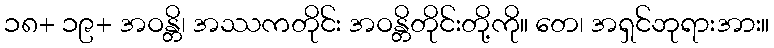
၁၈+ ၁၉+ အဝန္တိ၊ အဿကတိုင်း အဝန္တိတိုင်းတို့ကို။ တေ၊ အရှင်ဘုရားအား။